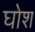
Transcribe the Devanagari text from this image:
घोश